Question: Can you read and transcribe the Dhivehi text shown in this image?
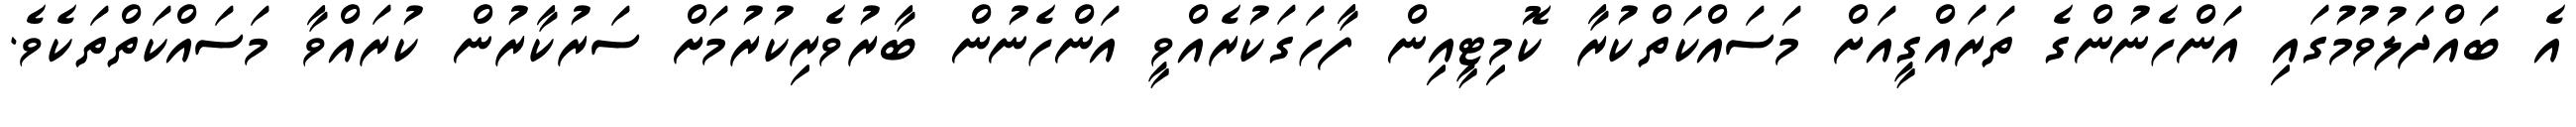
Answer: އެ ބައްދަލުވުމުގައި އަންހެނުންގެ ތަރައްގީއަށް މަސައްކަތްކުރާ ކޮމިޓީއިން ފާހަގަކުރެއްވީ އަންހެނުން ބާރުވެރިކުރުމަށް ސަރުކާރުން ކުރައްވާ މަސައްކަތްތަކެވެ.